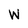
Character: W